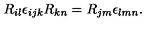
R _ { i l } \epsilon _ { i j k } R _ { k n } = R _ { j m } \epsilon _ { l m n } .